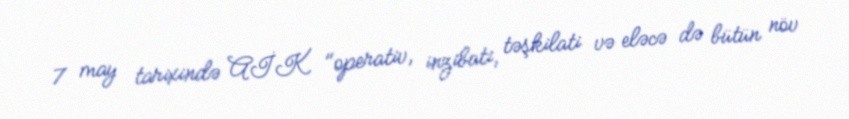
7 may tarixində AİK "operativ, inzibati, təşkilati və eləcə də bütün növ